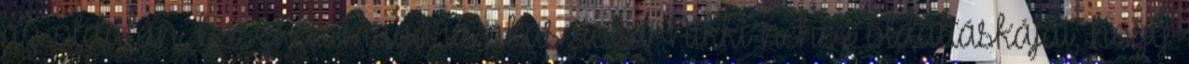
az oldalán, büszkén magára akasztotta Nikki nehéz oldaltáskáját, hogy